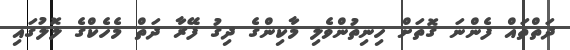
ދަތްތައް ފެންނަ ގޮތަށް ހިނިތުންވެލި މާކިންގެ ދިގު ފޭރާ ދަތް މެހެކްގެ ލޮލުގައި